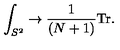
\int _ { S ^ { 2 } } \to { \frac { 1 } { ( N + 1 ) } } \mathrm { T r } .